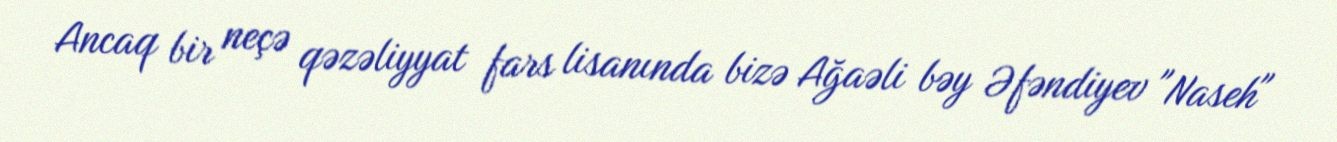
Ancaq bir neçə qəzəliyyat fars lisanında bizə Ağaəli bəy Əfəndiyev "Naseh"